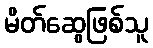
မိတ်ဆွေဖြစ်သူ